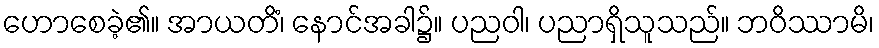
ဟောစေခဲ့၏။ အာယတိံ၊ နောင်အခါ၌။ ပညဝါ၊ ပညာရှိသူသည်။ ဘဝိဿာမိ၊